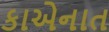
કાએનાત